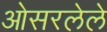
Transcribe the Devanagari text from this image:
ओसरलेले